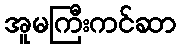
အူမကြီးကင်ဆာ